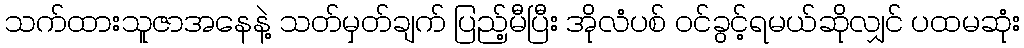
သက်ထားသူဇာအနေနဲ့ သတ်မှတ်ချက် ပြည့်မီပြီး အိုလံပစ် ဝင်ခွင့်ရမယ်ဆိုလျှင် ပထမဆုံး